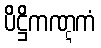
ပိဋ္ဌိကဏ္ဋကံ